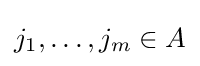
j_{1},\ldots ,j_{m}\in A